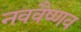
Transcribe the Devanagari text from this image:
नववैष्णव